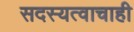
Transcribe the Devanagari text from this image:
सदस्यत्वाचाही